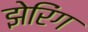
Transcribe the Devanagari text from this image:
झेरिंग